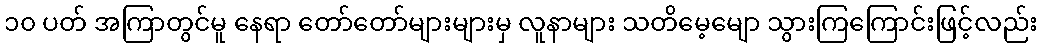
၁၀ ပတ် အကြာတွင်မူ နေရာ တော်တော်များများမှ လူနာများ သတိမေ့မျော သွားကြကြောင်းဖြင့်လည်း